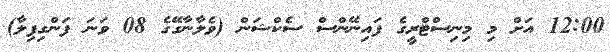
12:00 އަށް މި މިނިސްޓްރީގެ ފައިނޭންސް ސެކްޝަން (ވެލާނާގޭގެ 08 ވަނަ ފަންގިފިލާ)